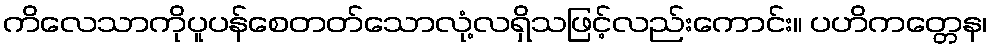
ကိလေသာကိုပူပန်စေတတ်သောလုံ့လရှိသဖြင့်လည်းကောင်း။ ပဟိကတ္တေန၊